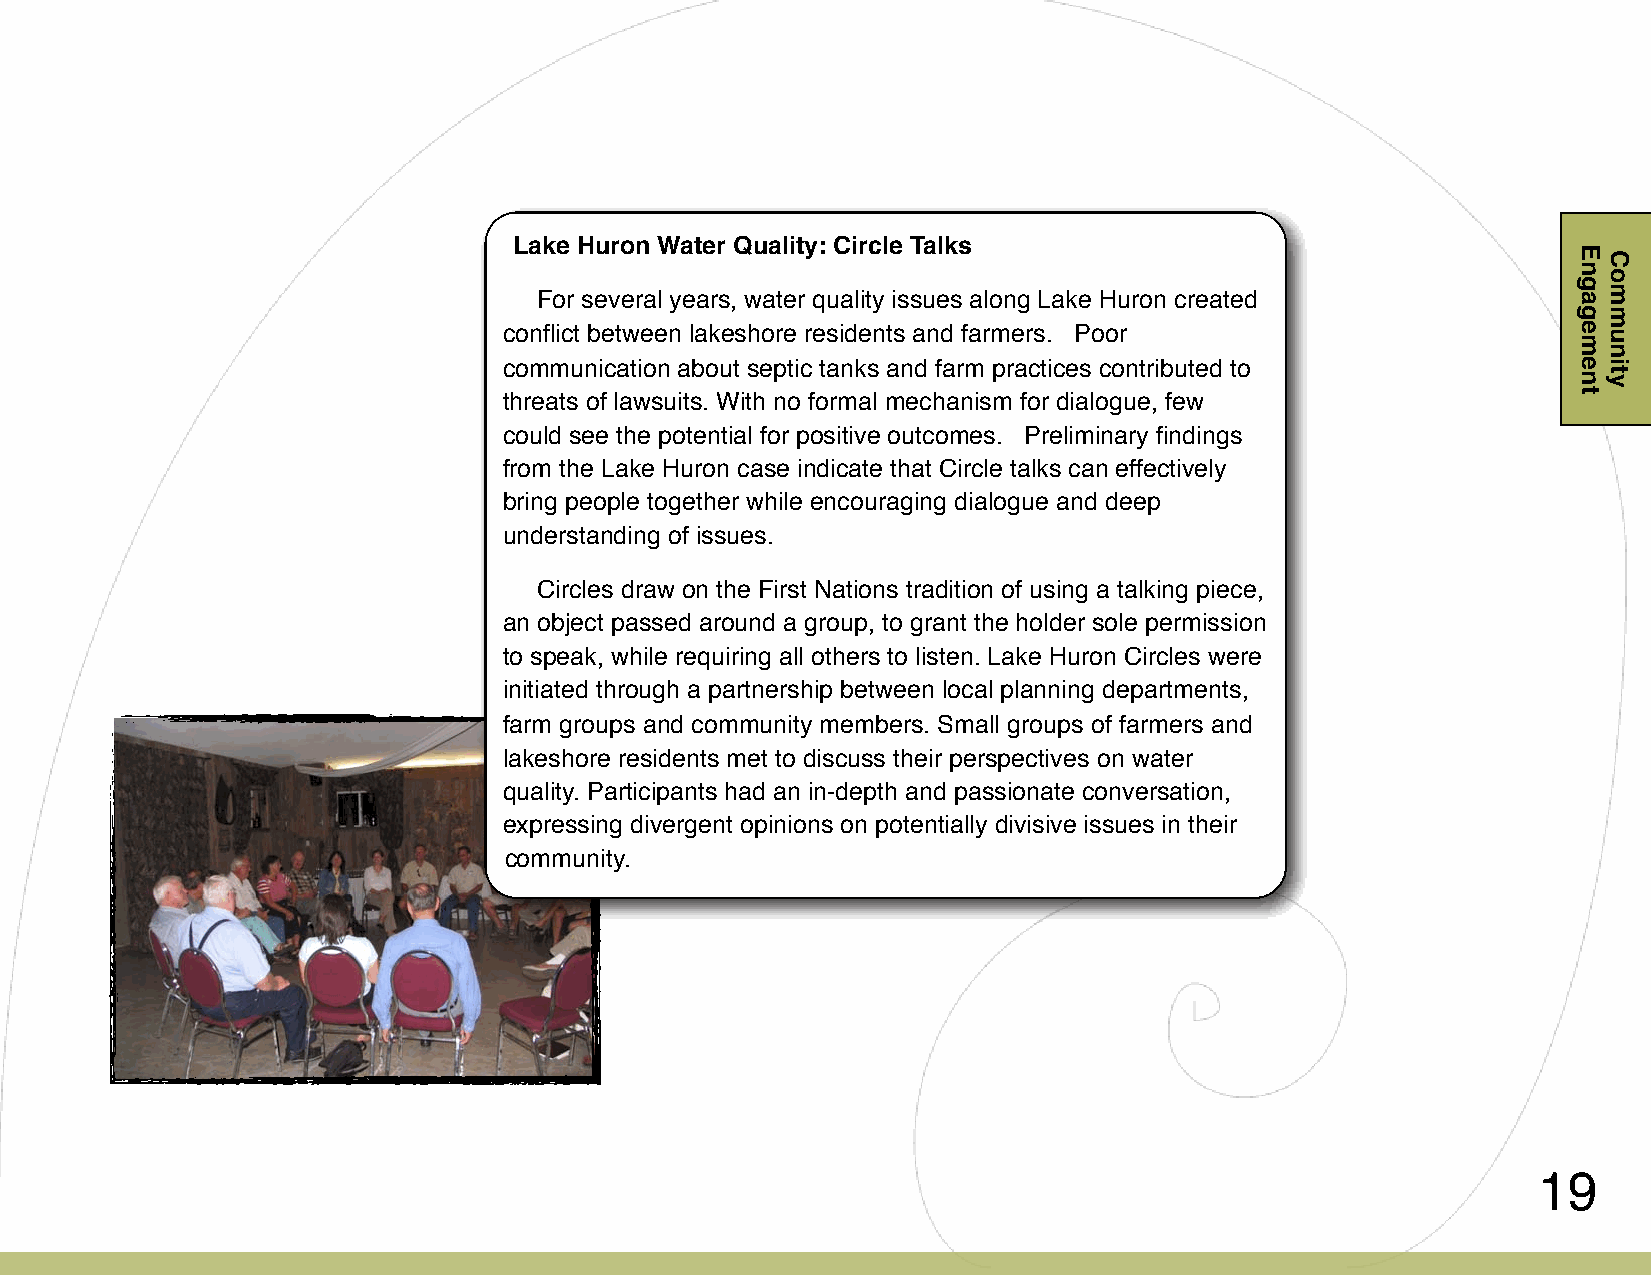
Lake Huron Water Quality: Circle Talks
 For several years, water quality issues along Lake Huron created
 conflict between lakeshore residents and farmers. Poor
 communication about septic tanks and farm practices contributed to
 threats of lawsuits. With no formal mechanism for dialogue, few
 could see the potential for positive outcomes. Preliminary findings
 from the Lake Huron case indicate that Circle talks can effectively
 bring people together while encouraging dialogue and deep
 understanding of issues.
 Circles draw on the First Nations tradition of using a talking piece,
 an object passed around a group, to grant the holder sole permission
 to speak, while requiring all others to listen. Lake Huron Circles were
 initiated through a partnership between local planning departments,
 farm groups and community members. Small groups of farmers and
 lakeshore residents met to discuss their perspectives on water
 quality. Participants had an in-depth and passionate conversation,
 expressing divergent opinions on potentially divisive issues in their
 community.
 19
 Engagement
 Community